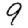
Digit: 9